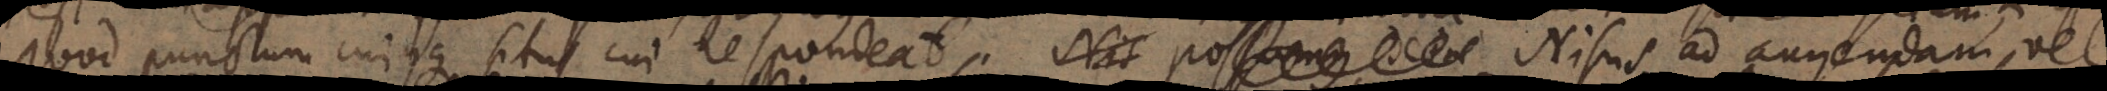
od punctum cujusque situs cui respondeat. Nisus ad augendam vel